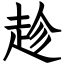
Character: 趁